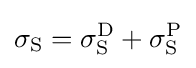
\sigma _{\text{S}}=\sigma _{\text{S}}^{\text{D}}+\sigma _{\text{S}}^{\text{P}}